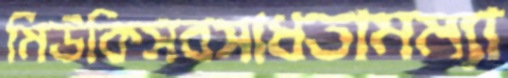
মিউকিসবসাধতামম্যা